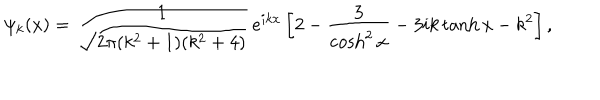
LaTeX: \psi _ { k } ( x ) = \frac { 1 } { \sqrt { 2 \pi ( k ^ { 2 } + 1 ) ( k ^ { 2 } + 4 ) } } \, e ^ { i k x } \left[ 2 - \frac { 3 } { \cosh ^ { 2 } x } - 3 i k \tanh x - k ^ { 2 } \right] ,